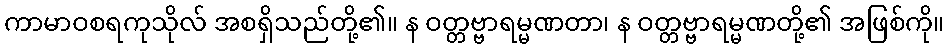
ကာမာဝစရကုသိုလ် အစရှိသည်တို့၏။ န ဝတ္တဗ္ဗာရမ္မဏတာ၊ န ဝတ္တဗ္ဗာရမ္မဏတို့၏ အဖြစ်ကို။